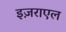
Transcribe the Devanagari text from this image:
इज़राएल